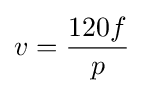
v={\frac {120f}{p}}